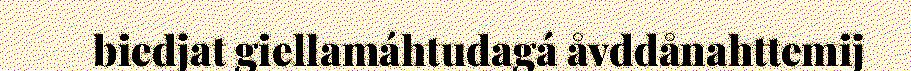
biedjat giellamáhtudagá åvddånahttemij